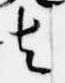
去